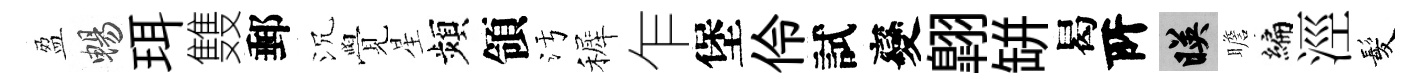
盈暢珥䨇郵沉覺星頻領污裤乍堡伶試變翺缾曷𠩄映瞻编涇髪